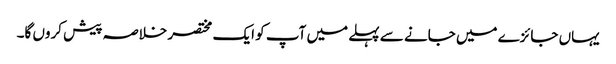
یہاں جائزے میں جانے سے پہلے میں آپ کو ایک مختصر خلاصہ پیش کروں گا۔